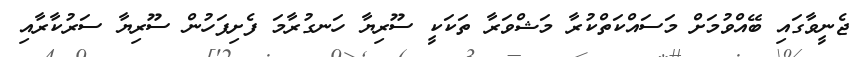
ޖެނީވާގައި ބޭއްވުމަށް މަސައްކަތްކުރާ މަޝްވަރާ ތަކަކީ ސޫރިޔާ ހަނގުރާމަ ފެށިފަހުން ސޫރިޔާ ސަރުކާރާއި